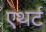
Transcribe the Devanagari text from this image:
एथर्ट